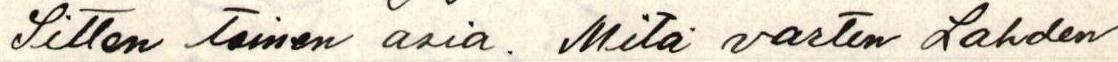
Sitten toinen asia. Mitä varten Lahden